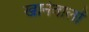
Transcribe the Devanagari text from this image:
खानेवालों